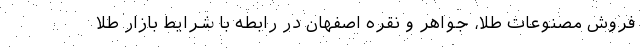
فروش مصنوعات طلا، جواهر و نقره اصفهان در رابطه با شرایط بازار طلا